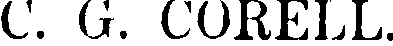
C. G. CORELL.